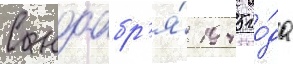
С ноабр'я́ 1945 го́да